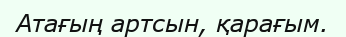
Атағың артсын, қарағым.